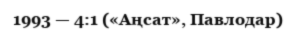
1993 — 4:1 («Аңсат», Павлодар)